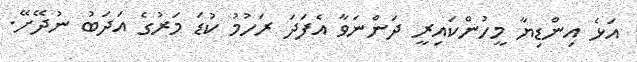
އަޅެ އިންޑިޔާ މީހުންކައިރީ ދަންނަވާ އެފަދަ ރަހުމު ކުޑަ މަރުގެ އަދަބު ނުދޭށޭ.